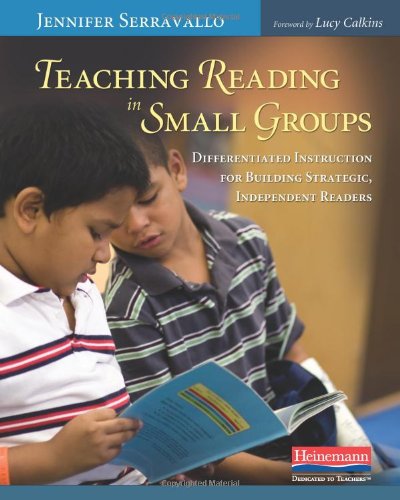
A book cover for Teaching Reading in Small Groups: Differentiated Instruction for Building Strategic, Independent Readers; Jennifer Serravallo; Education & Teaching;